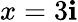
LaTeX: x=3\mathbf{i}